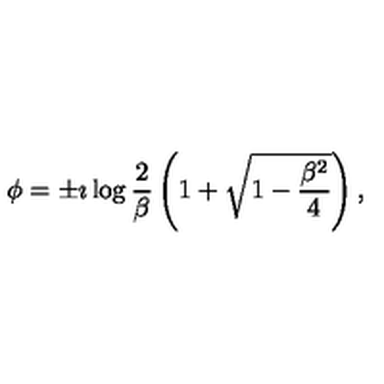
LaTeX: \phi = \pm \imath \log \frac { 2 } { \beta } \left( 1 + \sqrt { 1 - \frac { \beta ^ { 2 } } { 4 } } \right) ,